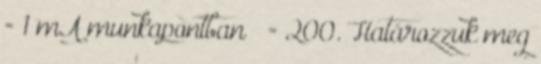
= 1 mA munkapontban  = 200. Határozzuk meg